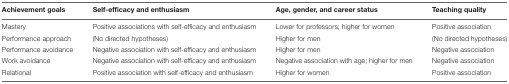
| Achievement goals | Self-efficacy and enthusiasm | Age, gender, and career status | Teaching quality |
 | --- | --- | --- | --- |
 | Mastery | Positive associations with self-efficacy and enthusiasm | Lower for professors; higher for women | Positive association |
 | Performance approach | (No directed hypotheses) | Higher for men | (No directed hypotheses) |
 | Performance avoidance | Negative association with self-efficacy and enthusiasm | Higher for men | Negative association |
 | Work avoidance | Negative association with self-efficacy and enthusiasm | Negative association with age; higher for men | Negative association |
 | Relational | Positive association with self-efficacy and enthusiasm | Higher for women | Positive association |